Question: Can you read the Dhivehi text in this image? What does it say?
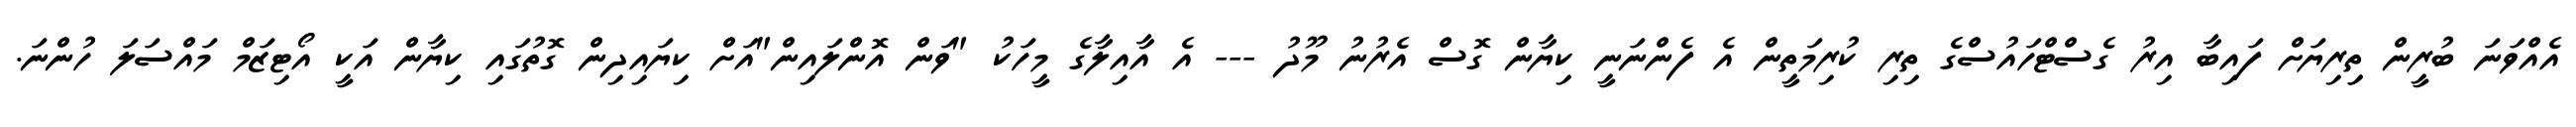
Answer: އެއްވަނަ ބުރީން ތިިރިޔަށް ފައިބާ އިރު ގެސްޓްހައުސްގެ ތިރި ކުރިމަތީން އެ ފެންނަނީ ކިޔާން ގޮސް އެރުނު މޫދު --- އެ އާއިލާގެ މީހަކު "ވަން އޮންލައިން"އަށް ކިޔައިދިން ގޮތުގައި ކިޔާން އަކީ އޯޓިޒަމް މައްސަލަ ހުންނަ.